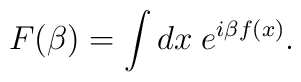
F(\beta )=\int dx\; e^{i\beta f(x)}.